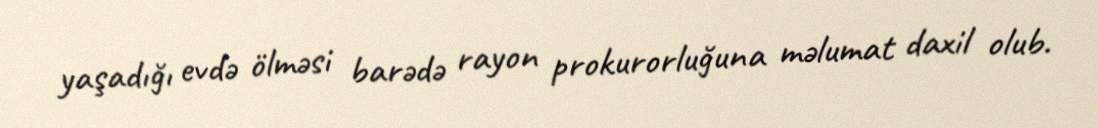
yaşadığı evdə ölməsi barədə rayon prokurorluğuna məlumat daxil olub.